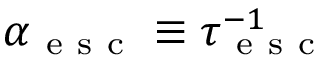
\alpha _ { \mathrm { ~ e ~ s ~ c ~ } } \equiv \tau _ { \mathrm { ~ e ~ s ~ c ~ } } ^ { - 1 }